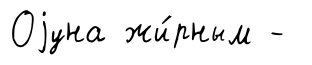
Оjуна жи́рным -